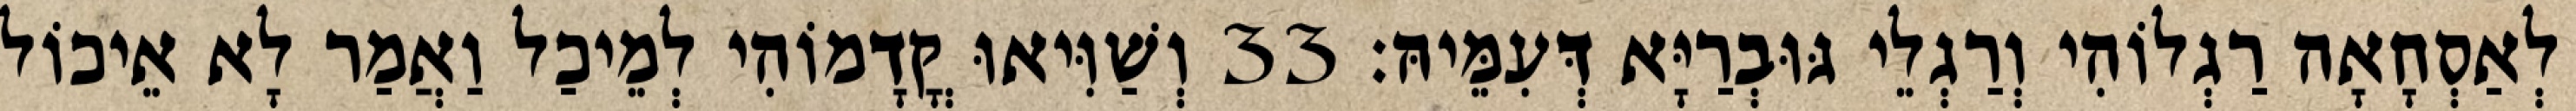
לְאַסְחָאָה רַגְלוֹהִי וְרַגְלֵי גּוּבְרַיָּא דְּעִמֵּיהּ׃ 33 וְשַׁוִּיאוּ קֳדָמוֹהִי לְמֵיכַל וַאֲמַר לָא אֵיכוֹל